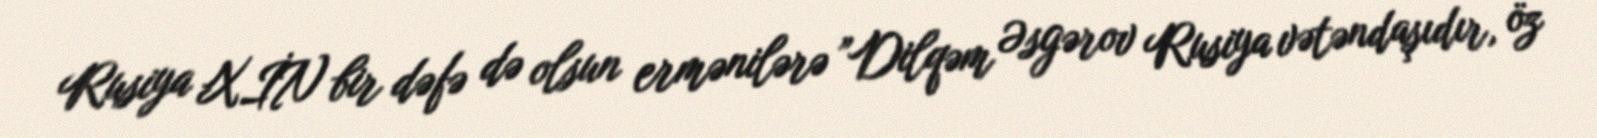
Rusiya XİN bir dəfə də olsun ermənilərə ”Dilqəm Əsgərov Rusiya vətəndaşıdır, öz